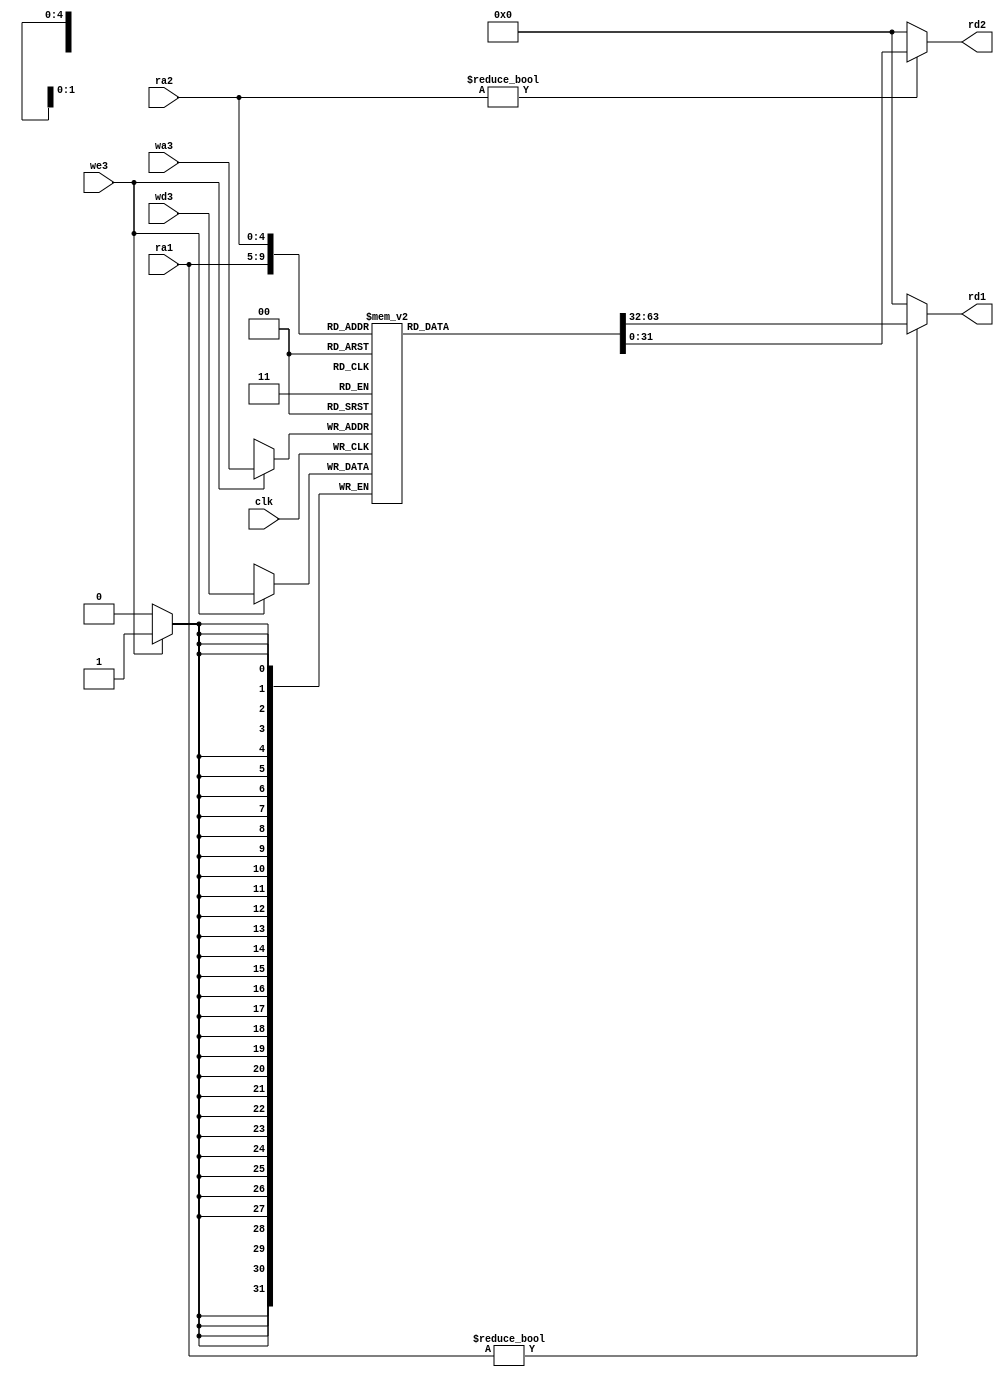
//------------------------------------------------
// mipsparts.v
// David_Harris@hmc.edu 23 October 2005
// Components used in MIPS processor
//------------------------------------------------


module regfile(input         clk, 
               input         we3, 
               input  [4:0]  ra1, ra2, wa3, 
               input  [31:0] wd3, 
               output [31:0] rd1, rd2);

  reg [31:0] rf[31:0];

  // three ported register file
  // read two ports combinationally
  // write third port on rising edge of clock
  // register 0 hardwired to 0

  always @(posedge clk)
    if (we3) rf[wa3] <= wd3;	

  assign rd1 = (ra1 != 0) ? rf[ra1] : 0;
  assign rd2 = (ra2 != 0) ? rf[ra2] : 0;
endmodule

module adder(input [31:0] a, b,
             output [31:0] y);

  assign y = a + b;
endmodule

module sl2(input  [31:0] a,
           output [31:0] y);

  // shift left by 2
  assign y = {a[29:0], 2'b00};
endmodule

module signext(input  [15:0] a,
               output [31:0] y);
              
  assign y = {{16{a[15]}}, a};
endmodule

module flopr #(parameter WIDTH = 8)
              (input                  clk, reset,
               input      [WIDTH-1:0] d, 
               output reg [WIDTH-1:0] q);

  always @(posedge clk, posedge reset)
    if (reset) q <= 0;
    else       q <= d;
endmodule

module flopenr #(parameter WIDTH = 8)
                (input                  clk, reset,
                 input                  en,
                 input      [WIDTH-1:0] d, 
                 output reg [WIDTH-1:0] q);
 
  always @(posedge clk, posedge reset)
    if      (reset) q <= 0;
    else if (en)    q <= d;
endmodule

module mux2 #(parameter WIDTH = 8)
             (input  [WIDTH-1:0] d0, d1, 
              input              s, 
              output [WIDTH-1:0] y);

  assign y = s ? d1 : d0; 
endmodule

// upimm module needed for LUI
module upimm(input  [15:0] a,
             output [31:0] y);
              
  assign y = {a, 16'b0};
endmodule

// mux3 needed for LUI
module mux3 #(parameter WIDTH = 8)
             (input  [WIDTH-1:0] d0, d1, d2,
              input  [1:0]       s, 
              output [WIDTH-1:0] y);

  assign #1 y = s[1] ? d2 : (s[0] ? d1 : d0); 
endmodule